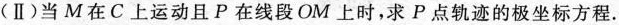
(Ⅱ)当M在C上运动且P在线段OM上时，求P点轨迹的极坐标方程.